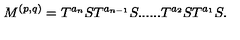
M ^ { ( p , q ) } = T ^ { a _ { n } } S T ^ { a _ { n - 1 } } S . . . . . . T ^ { a _ { 2 } } S T ^ { a _ { 1 } } S .